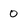
Character: 0